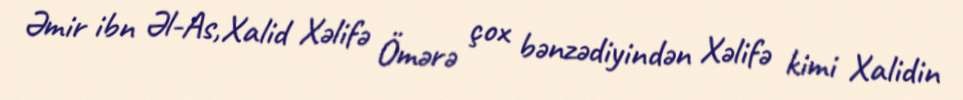
Əmir ibn Əl-As,Xalid Xəlifə Ömərə çox bənzədiyindən Xəlifə kimi Xalidin